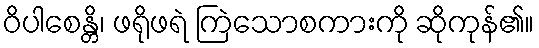
ဝိပါစေန္တိ၊ ဖရိုဖရဲ ကြဲသောစကားကို ဆိုကုန်၏။